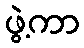
ဖွဲ့ကာ